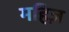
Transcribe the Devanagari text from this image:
महिज़